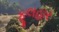
ફૂલહાર